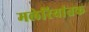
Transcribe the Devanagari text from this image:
मलेरियांतक